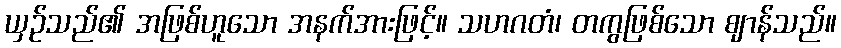
ယှဉ်သည်၏ အဖြစ်ဟူသော အနက်အားဖြင့်။ သဟဂတံ၊ တကွဖြစ်သော ဈာန်သည်။